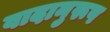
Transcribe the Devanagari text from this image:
वादानुरूप